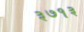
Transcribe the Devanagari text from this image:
३७१३